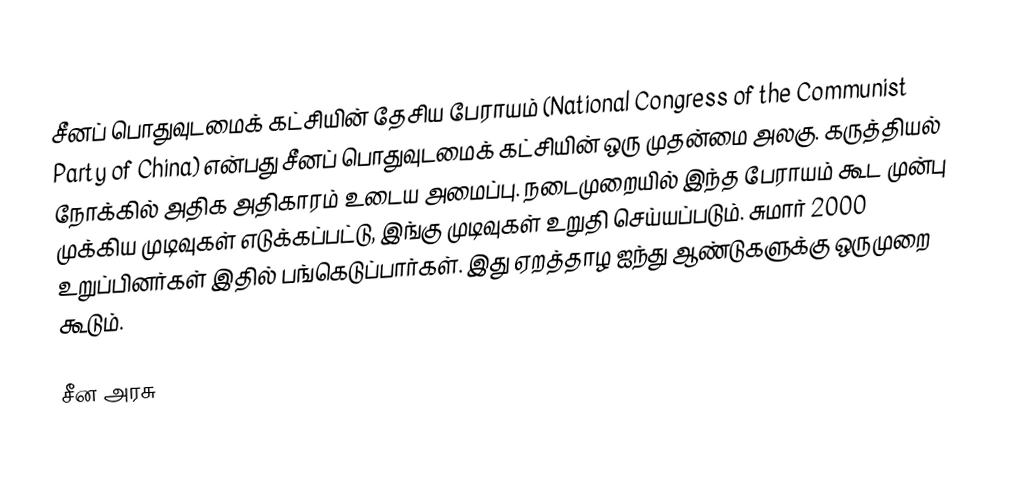
சீனப் பொதுவுடமைக் கட்சியின் தேசிய பேராயம் (National Congress of the Communist Party of China) என்பது சீனப் பொதுவுடமைக் கட்சியின் ஒரு முதன்மை அலகு. கருத்தியல் நோக்கில் அதிக அதிகாரம் உடைய அமைப்பு. நடைமுறையில் இந்த பேராயம் கூட முன்பு முக்கிய முடிவுகள் எடுக்கப்பட்டு, இங்கு முடிவுகள் உறுதி செய்யப்படும். சுமார் 2000 உறுப்பினர்கள் இதில் பங்கெடுப்பார்கள். இது ஏறத்தாழ ஐந்து ஆண்டுகளுக்கு ஒருமுறை கூடும்.

சீன அரசு